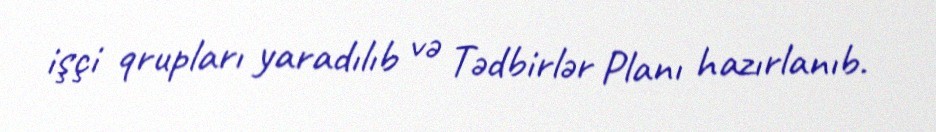
işçi qrupları yaradılıb və Tədbirlər Planı hazırlanıb.